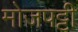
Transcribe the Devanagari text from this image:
मोजपट्टी